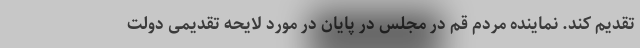
تقدیم کند. نماینده مردم قم در مجلس در پایان در مورد لایحه تقدیمی دولت